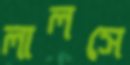
লালসে